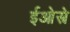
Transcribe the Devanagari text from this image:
ईओस्त्रे